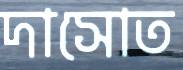
দাসোত